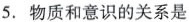
5.物质和意识的关系是